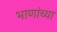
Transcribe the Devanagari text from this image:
भाणांच्या